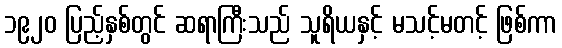
၁၉၂၀ ပြည့်နှစ်တွင် ဆရာကြီးသည် သူရိယနှင့် မသင့်မတင့် ဖြစ်ကာ